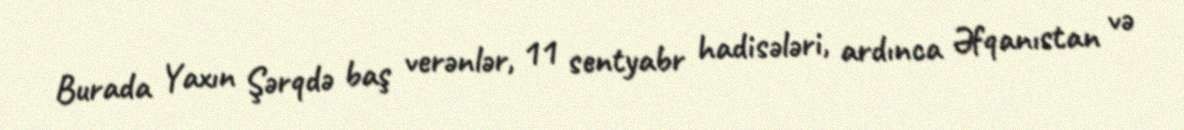
Burada Yaxın Şərqdə baş verənlər, 11 sentyabr hadisələri, ardınca Əfqanıstan və